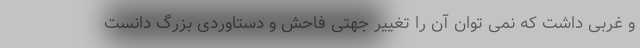
و غربی داشت که نمی توان آن را تغییر جهتی فاحش و دستاوردی بزرگ دانست